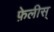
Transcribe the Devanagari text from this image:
फ़ेलीस्